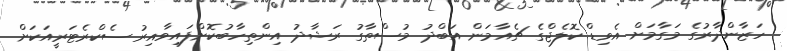
ހަޒާންދާރުގެ މަގާމަށް އެވިޑް ކޮލެޖްގެ ޗެއާމަން އަބްދު މުސްތާގު ރަޝާދު އިންތިހާބުކޮށްފައިވާއިރު ސެކްރެޓަރީއަކަށް